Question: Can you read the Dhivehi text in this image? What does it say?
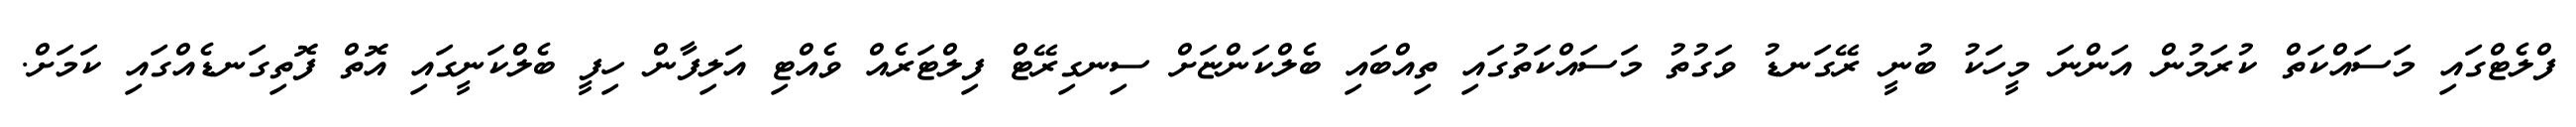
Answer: ފްލެޓްގައި މަސައްކަތް ކުރަމުން އަންނަ މީހަކު ބުނީ ރޭގަނޑު ވަގުތު މަސައްކަތުގައި ތިއްބައި ބެލްކަންޏަށް ސިނގިރޭޓް ފިލްޓަރެއް ވެއްޓި އަލިފާން ހިފީ ބެލްކަނީގައި އޮތް ފޮތިގަނޑެއްގައި ކަމަށް.